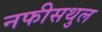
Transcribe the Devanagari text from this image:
नफीसथुल